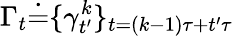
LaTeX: \Gamma_{t}\dot{=}\{ \gamma_{t^{\prime}}^{k}\} _{t=(k-1)\tau+t^{\prime}\tau}